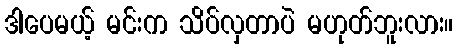
ဒါပေမယ့် မင်းက သိပ်လှတာပဲ မဟုတ်ဘူးလား။